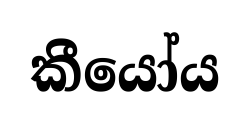
කීයෝය